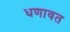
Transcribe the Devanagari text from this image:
धणावत